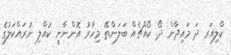
ކްލިއަރ ދަ މައިދާން ދޯ. ކޯއްޗެއް ބަލަންތޭ މިހާރު އޮންނާނީ ކުއްލި ނުރައްކަލުގެ